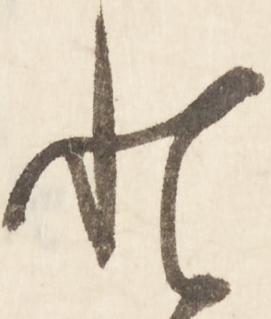
と